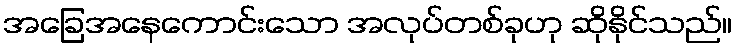
အခြေအနေကောင်းသော အလုပ်တစ်ခုဟု ဆိုနိုင်သည်။